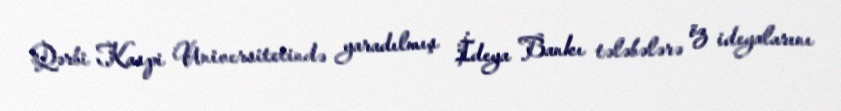
Qərbi Kaspi Universitetində yaradılmış İdeya Bankı tələbələrə öz ideyalarını